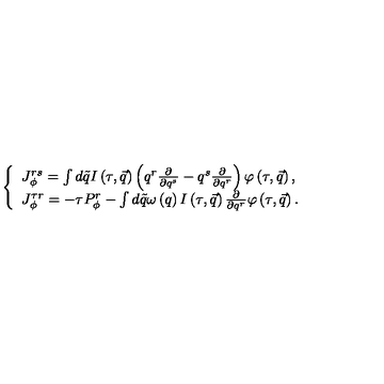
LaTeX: \left\{ \begin{array} { l } { J _ { \phi } ^ { r s } = \int d \tilde { q } I \left( \tau , \vec { q } \right) \left( q ^ { r } \frac \partial { \partial q ^ { s } } - q ^ { s } \frac \partial { \partial q ^ { r } } \right) \varphi \left( \tau , \vec { q } \right) , } \\ { J _ { \phi } ^ { \tau r } = - \tau P _ { \phi } ^ { r } - \int d \tilde { q } \omega \left( q \right) I \left( \tau , \vec { q } \right) \frac \partial { \partial q ^ { r } } \varphi \left( \tau , \vec { q } \right) . } \\ \end{array} \right.